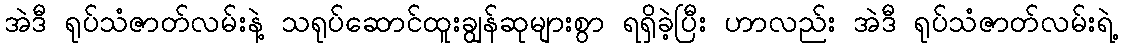
အဲဒီ ရုပ်သံဇာတ်လမ်းနဲ့ သရုပ်ဆောင်ထူးချွန်ဆုများစွာ ရရှိခဲ့ပြီး ဟာလည်း အဲဒီ ရုပ်သံဇာတ်လမ်းရဲ့